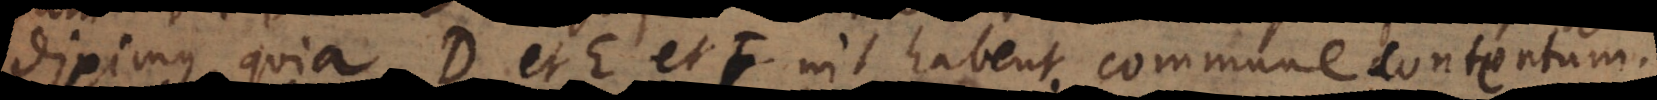
diximus, quia D et E et F nil habent commune contentum.